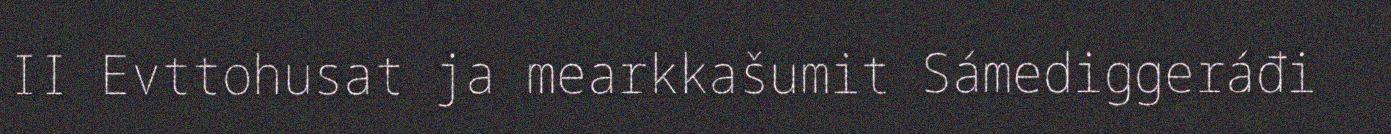
II Evttohusat ja mearkkašumit Sámediggeráđi